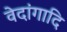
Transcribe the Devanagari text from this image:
वेदांगादि